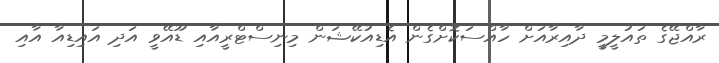
ރާއްޖޭގެ ތައުލީމީ ދާއިރާއަށް ހާއްސަކޮށްގެން އެޑިއުކޭޝަން މިނިސްޓްރީއާއި ޑޫއޭވީ އަދި އައިޑިއާ އާއި